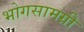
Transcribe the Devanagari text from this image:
भोगसामग्री